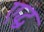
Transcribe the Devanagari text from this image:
एद्ध